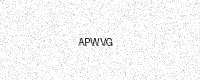
Text: APWVG